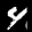
Label: 4